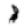
Digit: 1